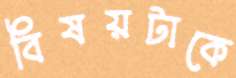
বিষয়টাকে